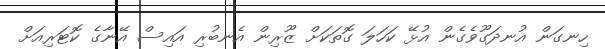
ހިނގަން އުނދަގޫވެގެން އުޅޭ ކަހަލަ ގޮތަކަށް ޒޫރިން އެނބުރި އައިސް އޭނާގެ ކޮޓަރިއަށް